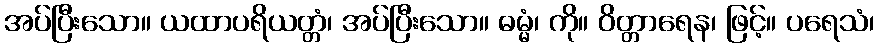
အပ်ပြီးသော။ ယထာပရိယတ္တံ၊ အပ်ပြီးသော။ ဓမ္မံ၊ ကို။ ဝိတ္တာရေန၊ ဖြင့်။ ပရေသံ၊